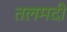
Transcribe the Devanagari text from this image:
तलमदी